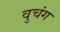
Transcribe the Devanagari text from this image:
वुचंग